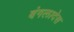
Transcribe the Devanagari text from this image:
बंगलादेस